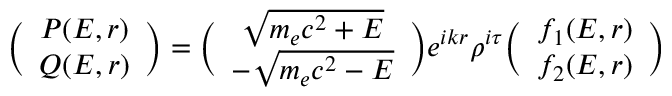
\biggl ( \begin{array} { c c } { P ( E , r ) } \\ { Q ( E , r ) } \end{array} \biggr ) = \biggl ( \begin{array} { c c } { \sqrt { m _ { e } c ^ { 2 } + E } } \\ { - \sqrt { m _ { e } c ^ { 2 } - E } } \end{array} \biggr ) e ^ { i k r } \rho ^ { i \tau } \biggl ( \begin{array} { c c } { f _ { 1 } ( E , r ) } \\ { f _ { 2 } ( E , r ) } \end{array} \biggr )